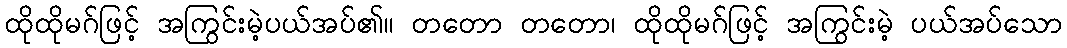
ထိုထိုမဂ်ဖြင့် အကြွင်းမဲ့ပယ်အပ်၏။ တတော တတော၊ ထိုထိုမဂ်ဖြင့် အကြွင်းမဲ့ ပယ်အပ်သော